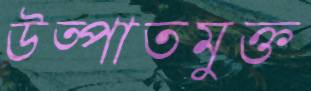
উত্পাতমুক্ত